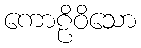
ကောဠိဝိသော